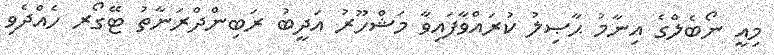
މިއީ ނޯބެލްގެ އިނާމު ޙާޞިލު ކުރައްވާފައިވާ މަޝްހޫރު އަދީބު ރަބިންދްރަނާތު ޓޭގޯރ ހެއްދެވި